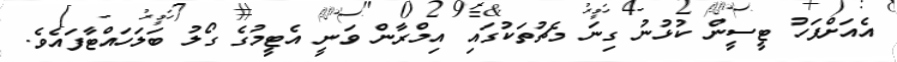
އެއަށްފަހު ޓީސީން ކުޅުނު ގިނަ މެޗުތަކުގައި އިމްރާން ވަނީ އެޓީމުގެ ގޯލު ބަލަހައްޓާފައެވެ.